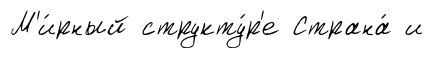
М'и́рный структу́р'е Страна́ и